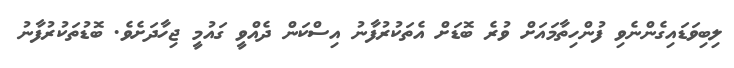
ލިބިވަޑައިގެންނެވި ފުންހިތާމައަށް ވުރެ ބޮޑަށް އެތަކުރުފާނު އިސްކަން ދެއްވީ ގައުމީ ޖިހާދަށެވެ. ބޮޑުތަކުރުފާނު